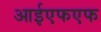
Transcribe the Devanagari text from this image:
आईएफएफ